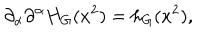
LaTeX: \partial _ { \alpha } \partial ^ { \alpha } H _ { G } ( x ^ { 2 } ) = h _ { G } ( x ^ { 2 } ) ,